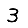
Digit: 3